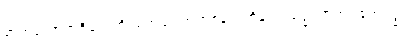
စာတုမဟာရာဇိကေဟိ၊ စတုမာဟာရာဇ်နတ်တို့နှင့်။ သဒ္ဓိံ၊ တကွ။ ဧကဗဒ္ဓံ